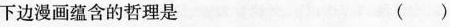
下边漫画蕴含的哲理是 ()